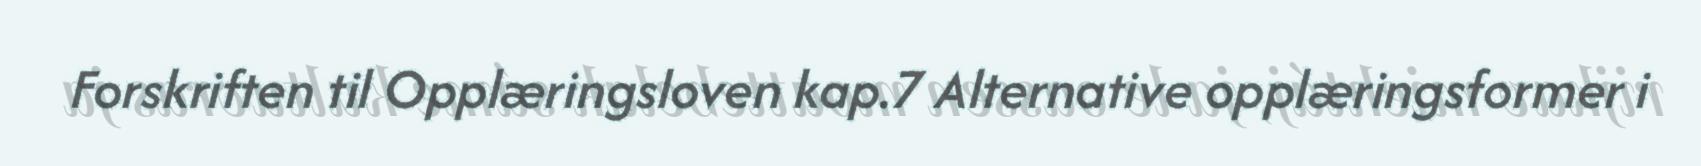
Forskriften til Opplæringsloven kap.7 Alternative opplæringsformer i